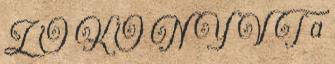
Z Ő K Ö N Y V T a